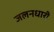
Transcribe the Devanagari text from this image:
जलनधारी